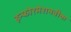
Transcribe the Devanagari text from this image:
इन्फोरमेशनवीक